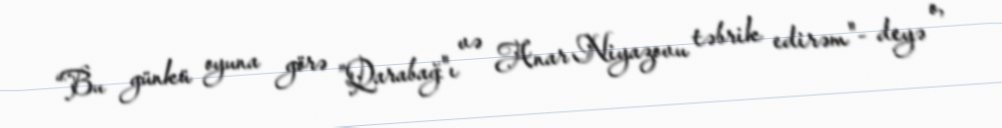
“Bu günkü oyuna görə ”Qarabağ"ı və Anar Niyazovu təbrik edirəm"- deyə o,